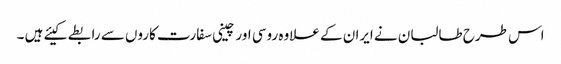
اس طرح طالبان نے ایران کے علاوہ روسی اور چینی سفارت کاروں سے رابطے کیئے ہیں ۔